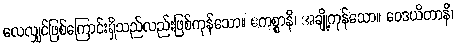
လေလျှင်ဖြစ်ကြောင်းရှိသည်လည်းဖြစ်ကုန်သော။ ဧကစ္စာနိ၊ အချို့ကုန်သော။ ဝေဒယိတာနိ၊